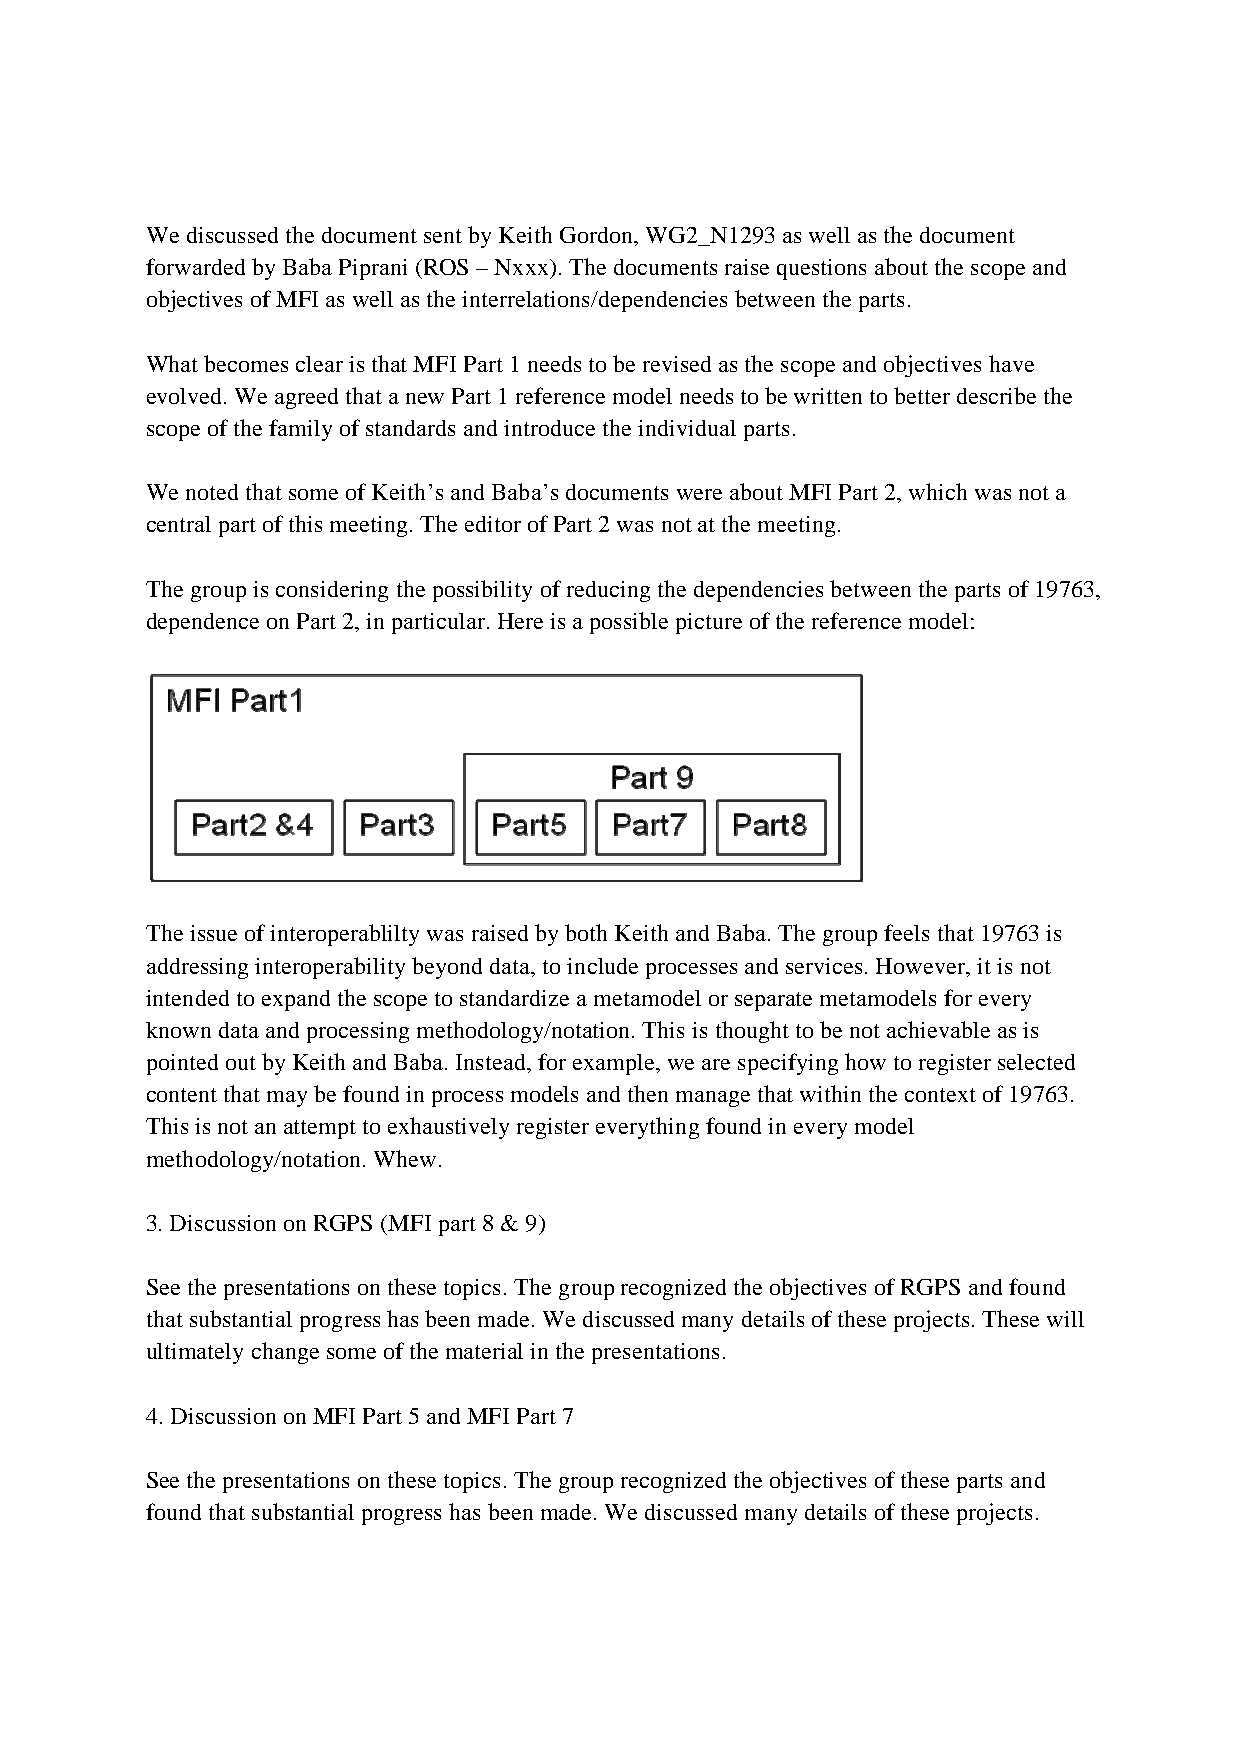
We discussed the document sent by Keith Gordon, WG2_N1293 as well as the document
 forwarded by Baba Piprani (ROS – Nxxx). The documents raise questions about the scope and
 objectives of MFI as well as the interrelations/dependencies between the parts.
 What becomes clear is that MFI Part 1 needs to be revised as the scope and objectives have
 evolved. We agreed that a new Part 1 reference model needs to be written to better describe the
 scope of the family of standards and introduce the individual parts.
 We noted that some of Keith’s and Baba’s documents were about MFI Part 2, which was not a
 central part of this meeting. The editor of Part 2 was not at the meeting.
 The group is considering the possibility of reducing the dependencies between the parts of 19763,
 dependence on Part 2, in particular. Here is a possible picture of the reference model:
 The issue of interoperablilty was raised by both Keith and Baba. The group feels that 19763 is
 addressing interoperability beyond data, to include processes and services. However, it is not
 intended to expand the scope to standardize a metamodel or separate metamodels for every
 known data and processing methodology/notation. This is thought to be not achievable as is
 pointed out by Keith and Baba. Instead, for example, we are specifying how to register selected
 content that may be found in process models and then manage that within the context of 19763.
 This is not an attempt to exhaustively register everything found in every model
 methodology/notation. Whew.
 3. Discussion on RGPS (MFI part 8 & 9)
 See the presentations on these topics. The group recognized the objectives of RGPS and found
 that substantial progress has been made. We discussed many details of these projects. These will
 ultimately change some of the material in the presentations.
 4. Discussion on MFI Part 5 and MFI Part 7
 See the presentations on these topics. The group recognized the objectives of these parts and
 found that substantial progress has been made. We discussed many details of these projects.